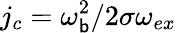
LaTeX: j_{c}=\omega_{\mathsf{b}}^{2}/2\sigma\omega_{ex}